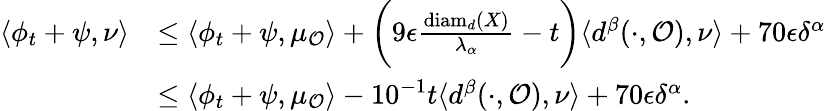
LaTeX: \begin{array}{rl}{\langle\phi_{t}+\psi,\nu\rangle}&{\leq\langle\phi_{t}+\psi,\mu_{\mathcal{O}}\rangle+\biggl(9\epsilon\frac{\operatorname{diam}_{d}(X)}{\lambda_{\alpha}}-t\biggr)\langle d^{\beta}(\cdot,\mathcal{O}),\nu\rangle+70\epsilon\delta^{\alpha}}\\ &{\leq\langle\phi_{t}+\psi,\mu_{\mathcal{O}}\rangle-10^{-1}t\langle d^{\beta}(\cdot,\mathcal{O}),\nu\rangle+70\epsilon\delta^{\alpha}.}\end{array}